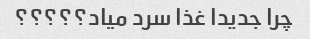
چرا جدیدا غذا سرد میاد؟؟؟؟؟